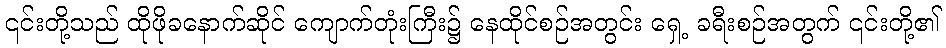
၎င်းတို့သည် ထိုဖိုခနောက်ဆိုင် ကျောက်တုံးကြီး၌ နေထိုင်စဉ်အတွင်း ရှေ့ ခရီးစဉ်အတွက် ၎င်းတို့၏